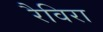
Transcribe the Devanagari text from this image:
रैविरा